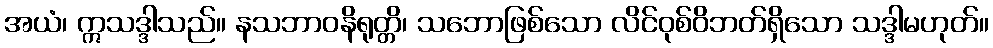
အယံ၊ ဣသဒ္ဒါသည်။ နသဘာဝနိရုတ္တိ၊ သဘောဖြစ်သော လိင်ဝုစ်ဝိဘတ်ရှိသော သဒ္ဒါမဟုတ်။